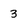
Character: 3